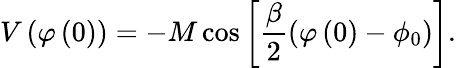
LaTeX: V\left(\varphi\left(0\right)\right)=-M\cos\left[\frac{\beta}{2}\left(\varphi\left(0\right)-\phi_{0}\right)\right].